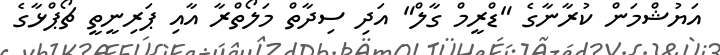
އަޔުޝްމަން ކުރާނާގެ "ޑްރީމް ގާލް" އަދި ސިދާތް މަލޯތްރާ އާއި ޕަރިނީތީ ޗޯޕްޅާގެ